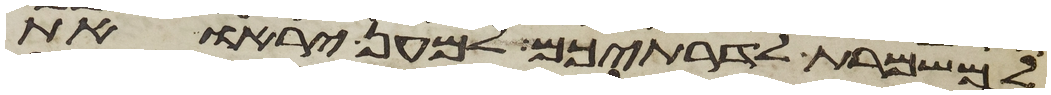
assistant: למשמרת לדרתיכם למען יראו את